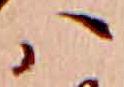
ハ